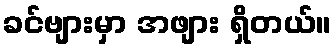
ခင်ဗျားမှာ အဖျား ရှိတယ်။